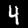
Digit: 4